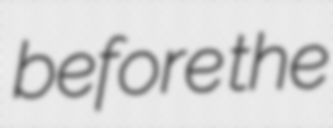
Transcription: before the